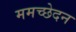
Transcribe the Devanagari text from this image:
ममच्छेदन